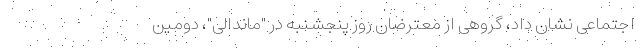
اجتماعی نشان داد، گروهی از معترضان روز پنجشنبه در "ماندالی"، دومین